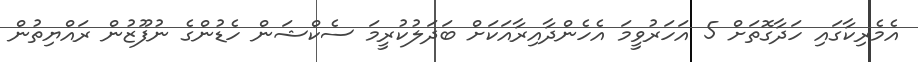
އެމެރިކާގައި ހަދާގޮތަށް 5 އަހަރުވީމަ އެހެންދާއިރާއަކަށް ބަދަލުކުރީމަ ސެކްޝަން ހެޑުންގެ ނުފޫޒުން ރައްޔިތުން